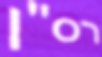
רס"ן